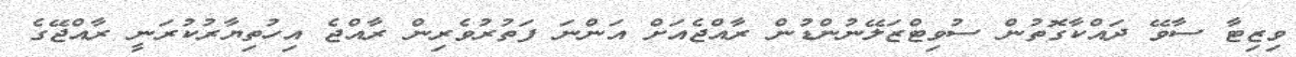
ވިޒިޓާ ސާވޭ ދައްކާގޮތުން ސުވިޓްޒަލޭނުންޑުން ރާއްޖެއަށް އަންނަ ފަތުރުވެރިން ރާއްޖެ އިހުތިޔާރުކުރަނީ ރާއްޖޭގެ